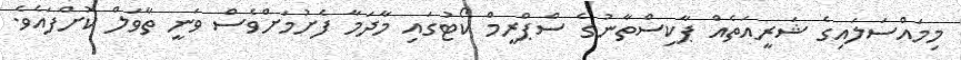
މިމައްސަލައިގެ ޝަރީއަތެއް ޕާކިސްތާނުގެ ސްޕްރީމް ކޯޓުގައި މާދަމާ ފެށުމަށްވެސް ވަނީ ތާވަލް ކޮށްފައެވެ.